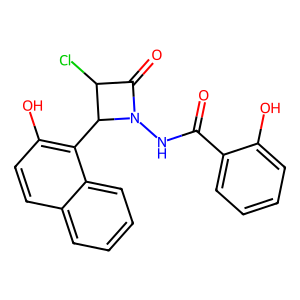
SMILES: O=C(NN1C(=O)C(Cl)C1c1c(O)ccc2ccccc12)c1ccccc1O
Inhibits HIV replication: No